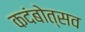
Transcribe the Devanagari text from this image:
कदंबोत्सव